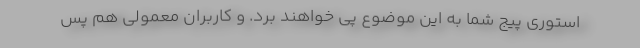
استوری پیج شما به این موضوع پی خواهند برد. و کاربران معمولی هم پس